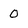
Character: 0